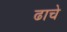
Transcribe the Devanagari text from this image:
ढाचे